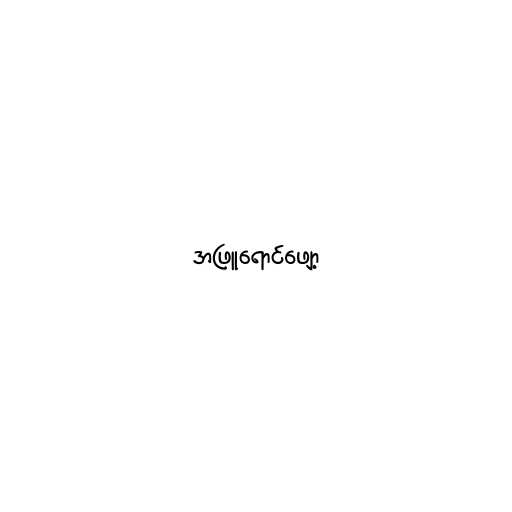
အဖြူရောင်ဖျော့